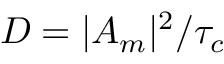
D = | A _ { m } | ^ { 2 } / \tau _ { c }